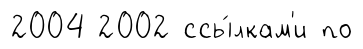
2004 2002 ссы́лкам'и по